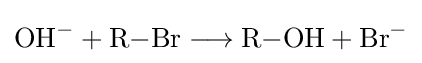
{\mathrm {OH} {\vphantom {A}}^{-}{}+{}\mathrm {R} {-}\mathrm {Br} {}\mathrel {\longrightarrow } {}\mathrm {R} {-}\mathrm {OH} {}+{}\mathrm {Br} {\vphantom {A}}^{-}}